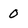
Character: 0